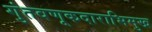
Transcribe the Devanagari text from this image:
गुंतवणूकदाराभिमुख